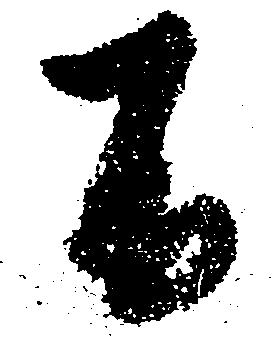
不